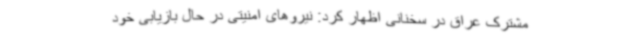
مشترک عراق در سخنانی اظهار کرد: نیروهای امنیتی در حال بازیابی خود